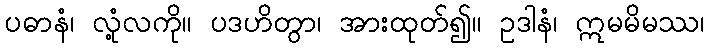
ပဓာနံ၊ လုံ့လကို။ ပဒဟိတွာ၊ အားထုတ်၍။ ဥဒါနံ၊ ဣမမိမဿ၊